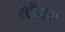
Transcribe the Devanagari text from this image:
स्‍टीफन